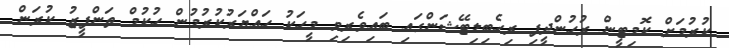
ކުރުމަށް ކޮމިޓީން ރުހުންދީފި ރިހެބިލިޓޭޝަންގައި ބައިވެރިވި މީހަކު ހައްޔަރުކުރުމުން ހުކުމް ތަންފީޒު ކުރަން